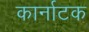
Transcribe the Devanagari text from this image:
कार्नाटक